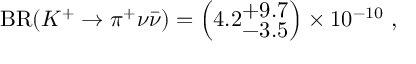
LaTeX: \mathrm { B R } ( K ^ { + } \to \pi ^ { + } \nu \bar { \nu } ) = \left( 4 . 2 _ { \textstyle - 3 . 5 } ^ { \textstyle + 9 . 7 } \right) \times 1 0 ^ { - 1 0 } ~ ,